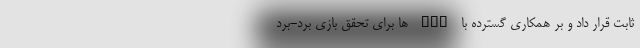
ثابت قرار داد و بر همکاری گسترده با FCP ها برای تحقق بازی برد-برد